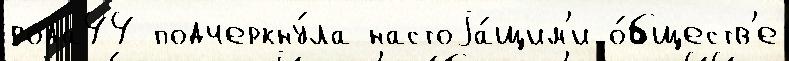
года44 подчеркну́ла настоjа́щим'и о́бществ'е